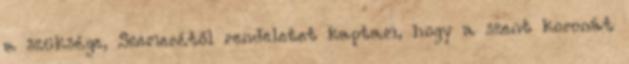
a szüksége, Szemerétől rendeletet kaptam, hogy a szent koronát